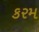
કરમ